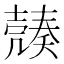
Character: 𡔿